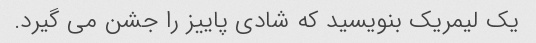
یک لیمریک بنویسید که شادی پاییز را جشن می گیرد.